Civil Veterinary Department Bengal reports 1933-51 - 1933-1951
Year: 1933
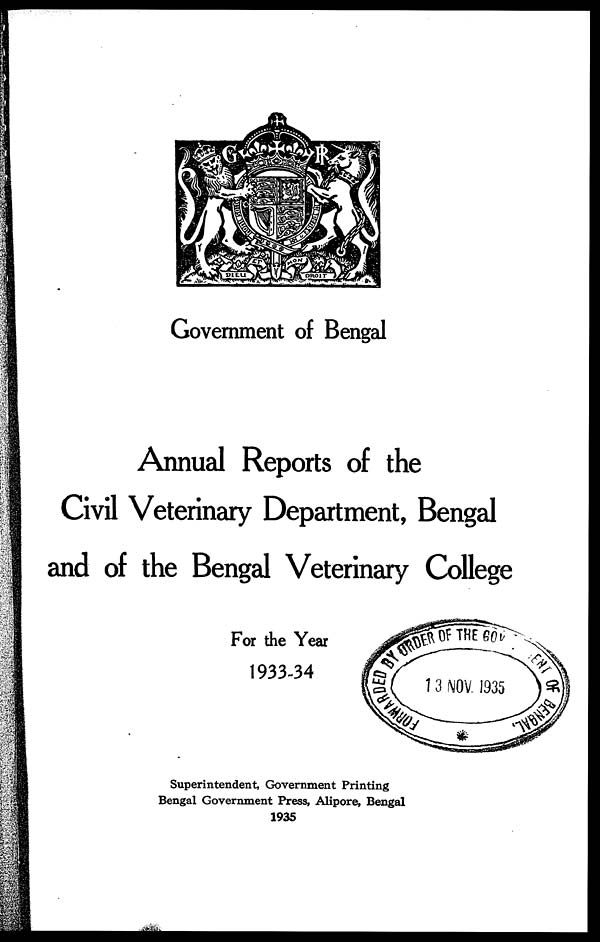
Government of Bengal
Annual Reports of the
Civil Veterinary Department, Bengal
and of the Bengal Veterinary College
For the Year
1933-34
Superintendent, Government Printing
Bengal Government Press, Alipore, Bengal
1935